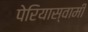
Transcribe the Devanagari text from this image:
पेरियास्वामी